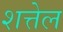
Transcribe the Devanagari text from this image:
शत्तेल